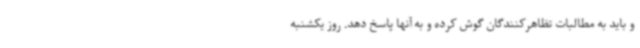
و باید به مطالبات تظاهرکنندگان گوش کرده و به آنها پاسخ دهد. روز یکشنبه